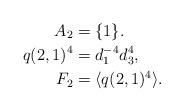
LaTeX: \begin{align*}A_2&=\{1\}.\\q(2,1)^4&=d_1^{-4}d^4_3,\\F_2&=\langle q(2,1)^{4}\rangle.\end{align*}